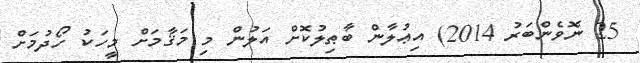
25 ނޮވެންބަރު 2014) އިޢުލާން ބާޠިލުކޮށް އަލުން މި މަޤާމަށް މީހަކު ހޯދުމަށް